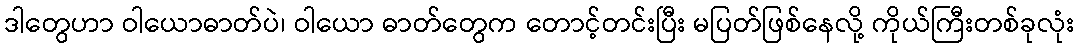
ဒါတွေဟာ ဝါယောဓာတ်ပဲ၊ ဝါယော ဓာတ်တွေက တောင့်တင်းပြီး မပြတ်ဖြစ်နေလို့ ကိုယ်ကြီးတစ်ခုလုံး